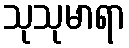
သုသုမာရာ